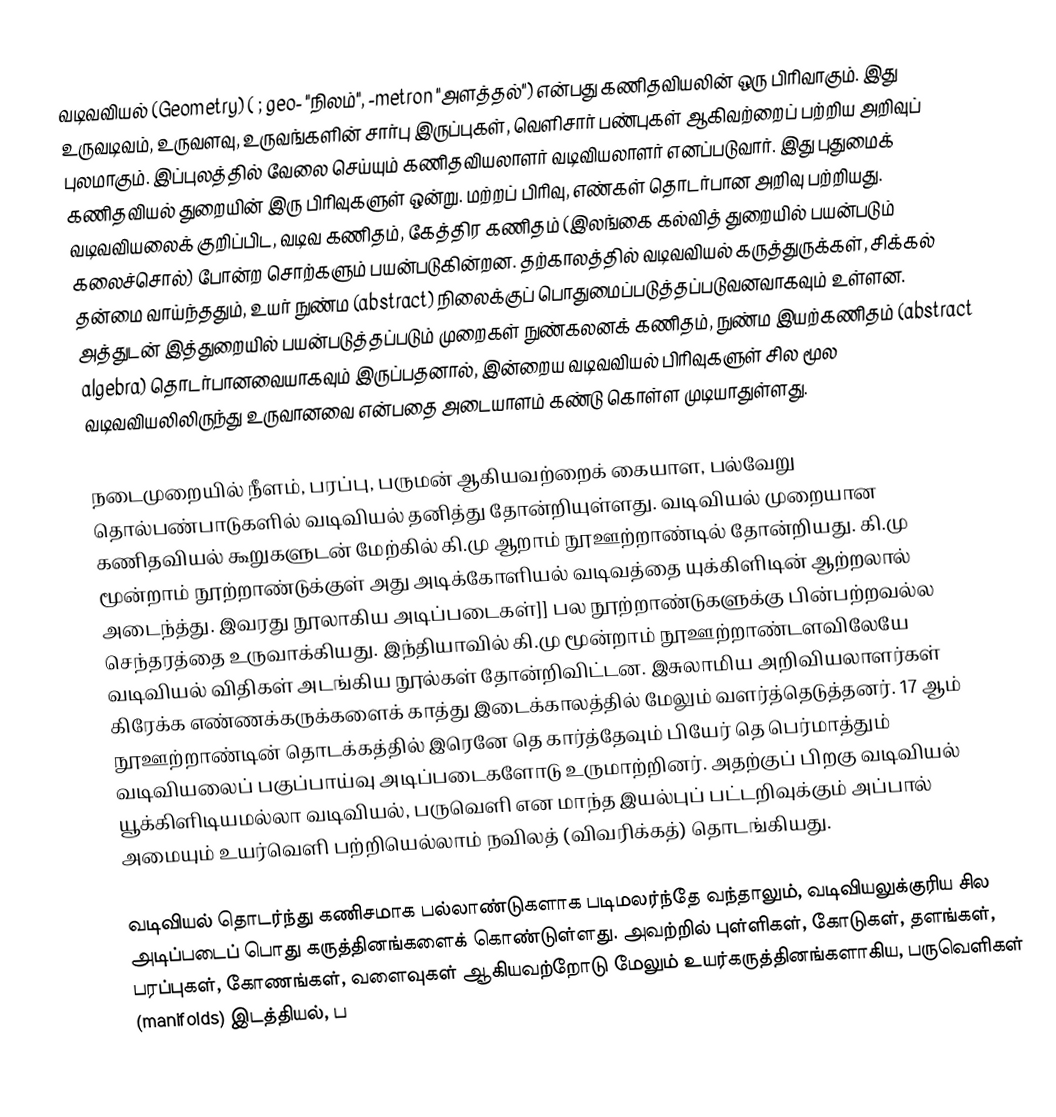
வடிவவியல் (Geometry) ( ; geo- "நிலம்", -metron "அளத்தல்") என்பது கணிதவியலின் ஒரு பிரிவாகும். இது உருவடிவம், உருவளவு, உருவங்களின் சார்பு இருப்புகள், வெளிசார் பண்புகள் ஆகிவற்றைப் பற்றிய அறிவுப் புலமாகும். இப்புலத்தில் வேலை செய்யும் கணிதவியலாளர் வடிவியலாளர் எனப்படுவார். இது புதுமைக் கணிதவியல் துறையின் இரு பிரிவுகளுள் ஒன்று. மற்றப் பிரிவு, எண்கள் தொடர்பான அறிவு பற்றியது. வடிவவியலைக் குறிப்பிட, வடிவ கணிதம், கேத்திர கணிதம் (இலங்கை கல்வித் துறையில் பயன்படும் கலைச்சொல்) போன்ற சொற்களும் பயன்படுகின்றன. தற்காலத்தில் வடிவவியல் கருத்துருக்கள், சிக்கல் தன்மை வாய்ந்ததும், உயர் நுண்ம (abstract) நிலைக்குப் பொதுமைப்படுத்தப்படுவனவாகவும் உள்ளன. அத்துடன் இத்துறையில் பயன்படுத்தப்படும் முறைகள் நுண்கலனக் கணிதம், நுண்ம இயற்கணிதம் (abstract algebra) தொடர்பானவையாகவும் இருப்பதனால், இன்றைய வடிவவியல் பிரிவுகளுள் சில மூல வடிவவியலிலிருந்து உருவானவை என்பதை அடையாளம் கண்டு கொள்ள முடியாதுள்ளது.

நடைமுறையில் நீளம், பரப்பு, பருமன் ஆகியவற்றைக் கையாள, பல்வேறு தொல்பண்பாடுகளில் வடிவியல் தனித்து தோன்றியுள்ளது. வடிவியல் முறையான கணிதவியல் கூறுகளுடன் மேற்கில் கி.மு ஆறாம் நூஊற்றாண்டில் தோன்றியது. கி.மு மூன்றாம் நூற்றாண்டுக்குள் அது அடிக்கோளியல் வடிவத்தை யுக்கிளிடின் ஆற்றலால் அடைந்த்து. இவரது நூலாகிய அடிப்படைகள்]] பல நூற்றாண்டுகளுக்கு பின்பற்றவல்ல செந்தரத்தை உருவாக்கியது. இந்தியாவில் கி.மு மூன்றாம் நூஊற்றாண்டளவிலேயே வடிவியல் விதிகள் அடங்கிய நூல்கள் தோன்றிவிட்டன. இசுலாமிய அறிவியலாளர்கள் கிரேக்க எண்ணக்கருக்களைக் காத்து இடைக்காலத்தில் மேலும் வளர்த்தெடுத்தனர். 17 ஆம் நூஊற்றாண்டின் தொடக்கத்தில் இரெனே தெ கார்த்தேவும் பியேர் தெ பெர்மாத்தும் வடிவியலைப் பகுப்பாய்வு அடிப்படைகளோடு உருமாற்றினர். அதற்குப் பிறகு வடிவியல் யூக்கிளிடியமல்லா வடிவியல், பருவெளி என மாந்த இயல்புப் பட்டறிவுக்கும் அப்பால் அமையும் உயர்வெளி பற்றியெல்லாம் நவிலத் (விவரிக்கத்) தொடங்கியது.

வடிவியல் தொடர்ந்து கணிசமாக பல்லாண்டுகளாக படிமலர்ந்தே வந்தாலும், வடிவியலுக்குரிய சில அடிப்படைப் பொது கருத்தினங்களைக் கொண்டுள்ளது. அவற்றில் புள்ளிகள், கோடுகள், தளங்கள், பரப்புகள், கோணங்கள், வளைவுகள் ஆகியவற்றோடு மேலும் உயர்கருத்தினங்களாகிய, பருவெளிகள் (manifolds) இடத்தியல், ப